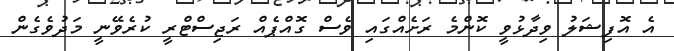
އެ އޮފިޝަލު ވިދާޅުވީ ކޮންމެ ރަށެއްގައި ވެސް ގޮއްޕެއް ރަޖިސްޓްރީ ކުރެވޭނީ މަދުވެގެން